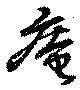
庵